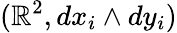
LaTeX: (\mathbb{R}^{2},dx_{i}\wedge dy_{i})